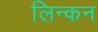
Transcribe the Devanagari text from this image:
लिन्कन